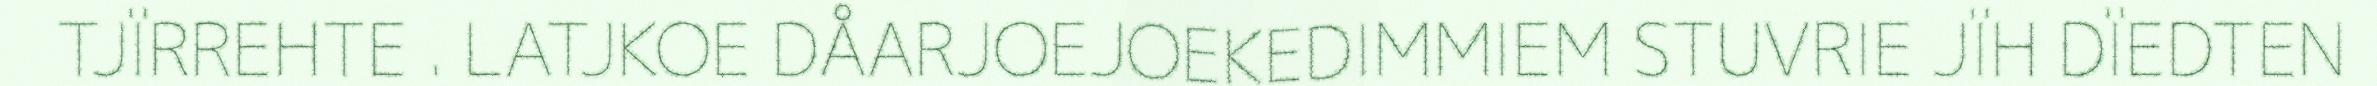
TJÏRREHTE . LATJKOE DÅARJOEJOEKEDIMMIEM STUVRIE JÏH DÏEDTEN